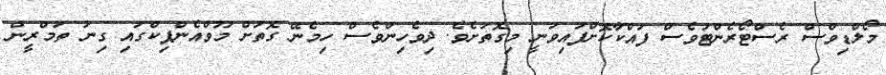
މޯލްޑިވްސް ރެސްޓޯރެންޓުވެސް ފައްކާކޮށްފައިވަނީ މިގޮތަށެވެ. ދިވެހިންވެސް ހިމެނޭ ގޮތަށް މޫވްއެންޕިކްގައި ގިނަ ތަމްރީން